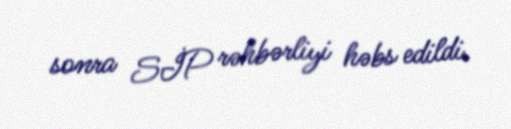
sonra SİP rəhbərliyi həbs edildi.